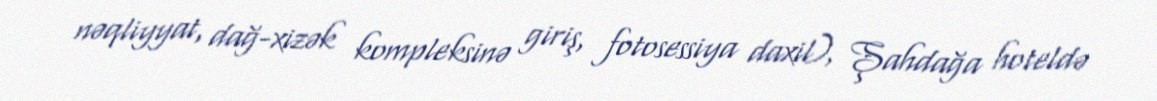
nəqliyyat, dağ-xizək kompleksinə giriş, fotosessiya daxil), Şahdağa hoteldə